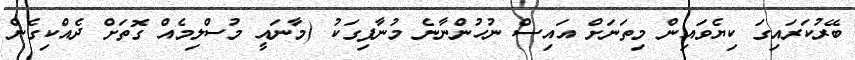
ބޭރުކަރައިގަ ކިޔެވައިން މިތަނަށް އައިސް ނުހުންނާނެ މުނާފިގަކު (މާނައީ މުސްލިމެއް ގޮތަށް ދެއްކިގެން